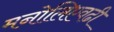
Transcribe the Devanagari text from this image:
मनोलिएवढी